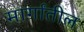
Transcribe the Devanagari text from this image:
मार्गांतील